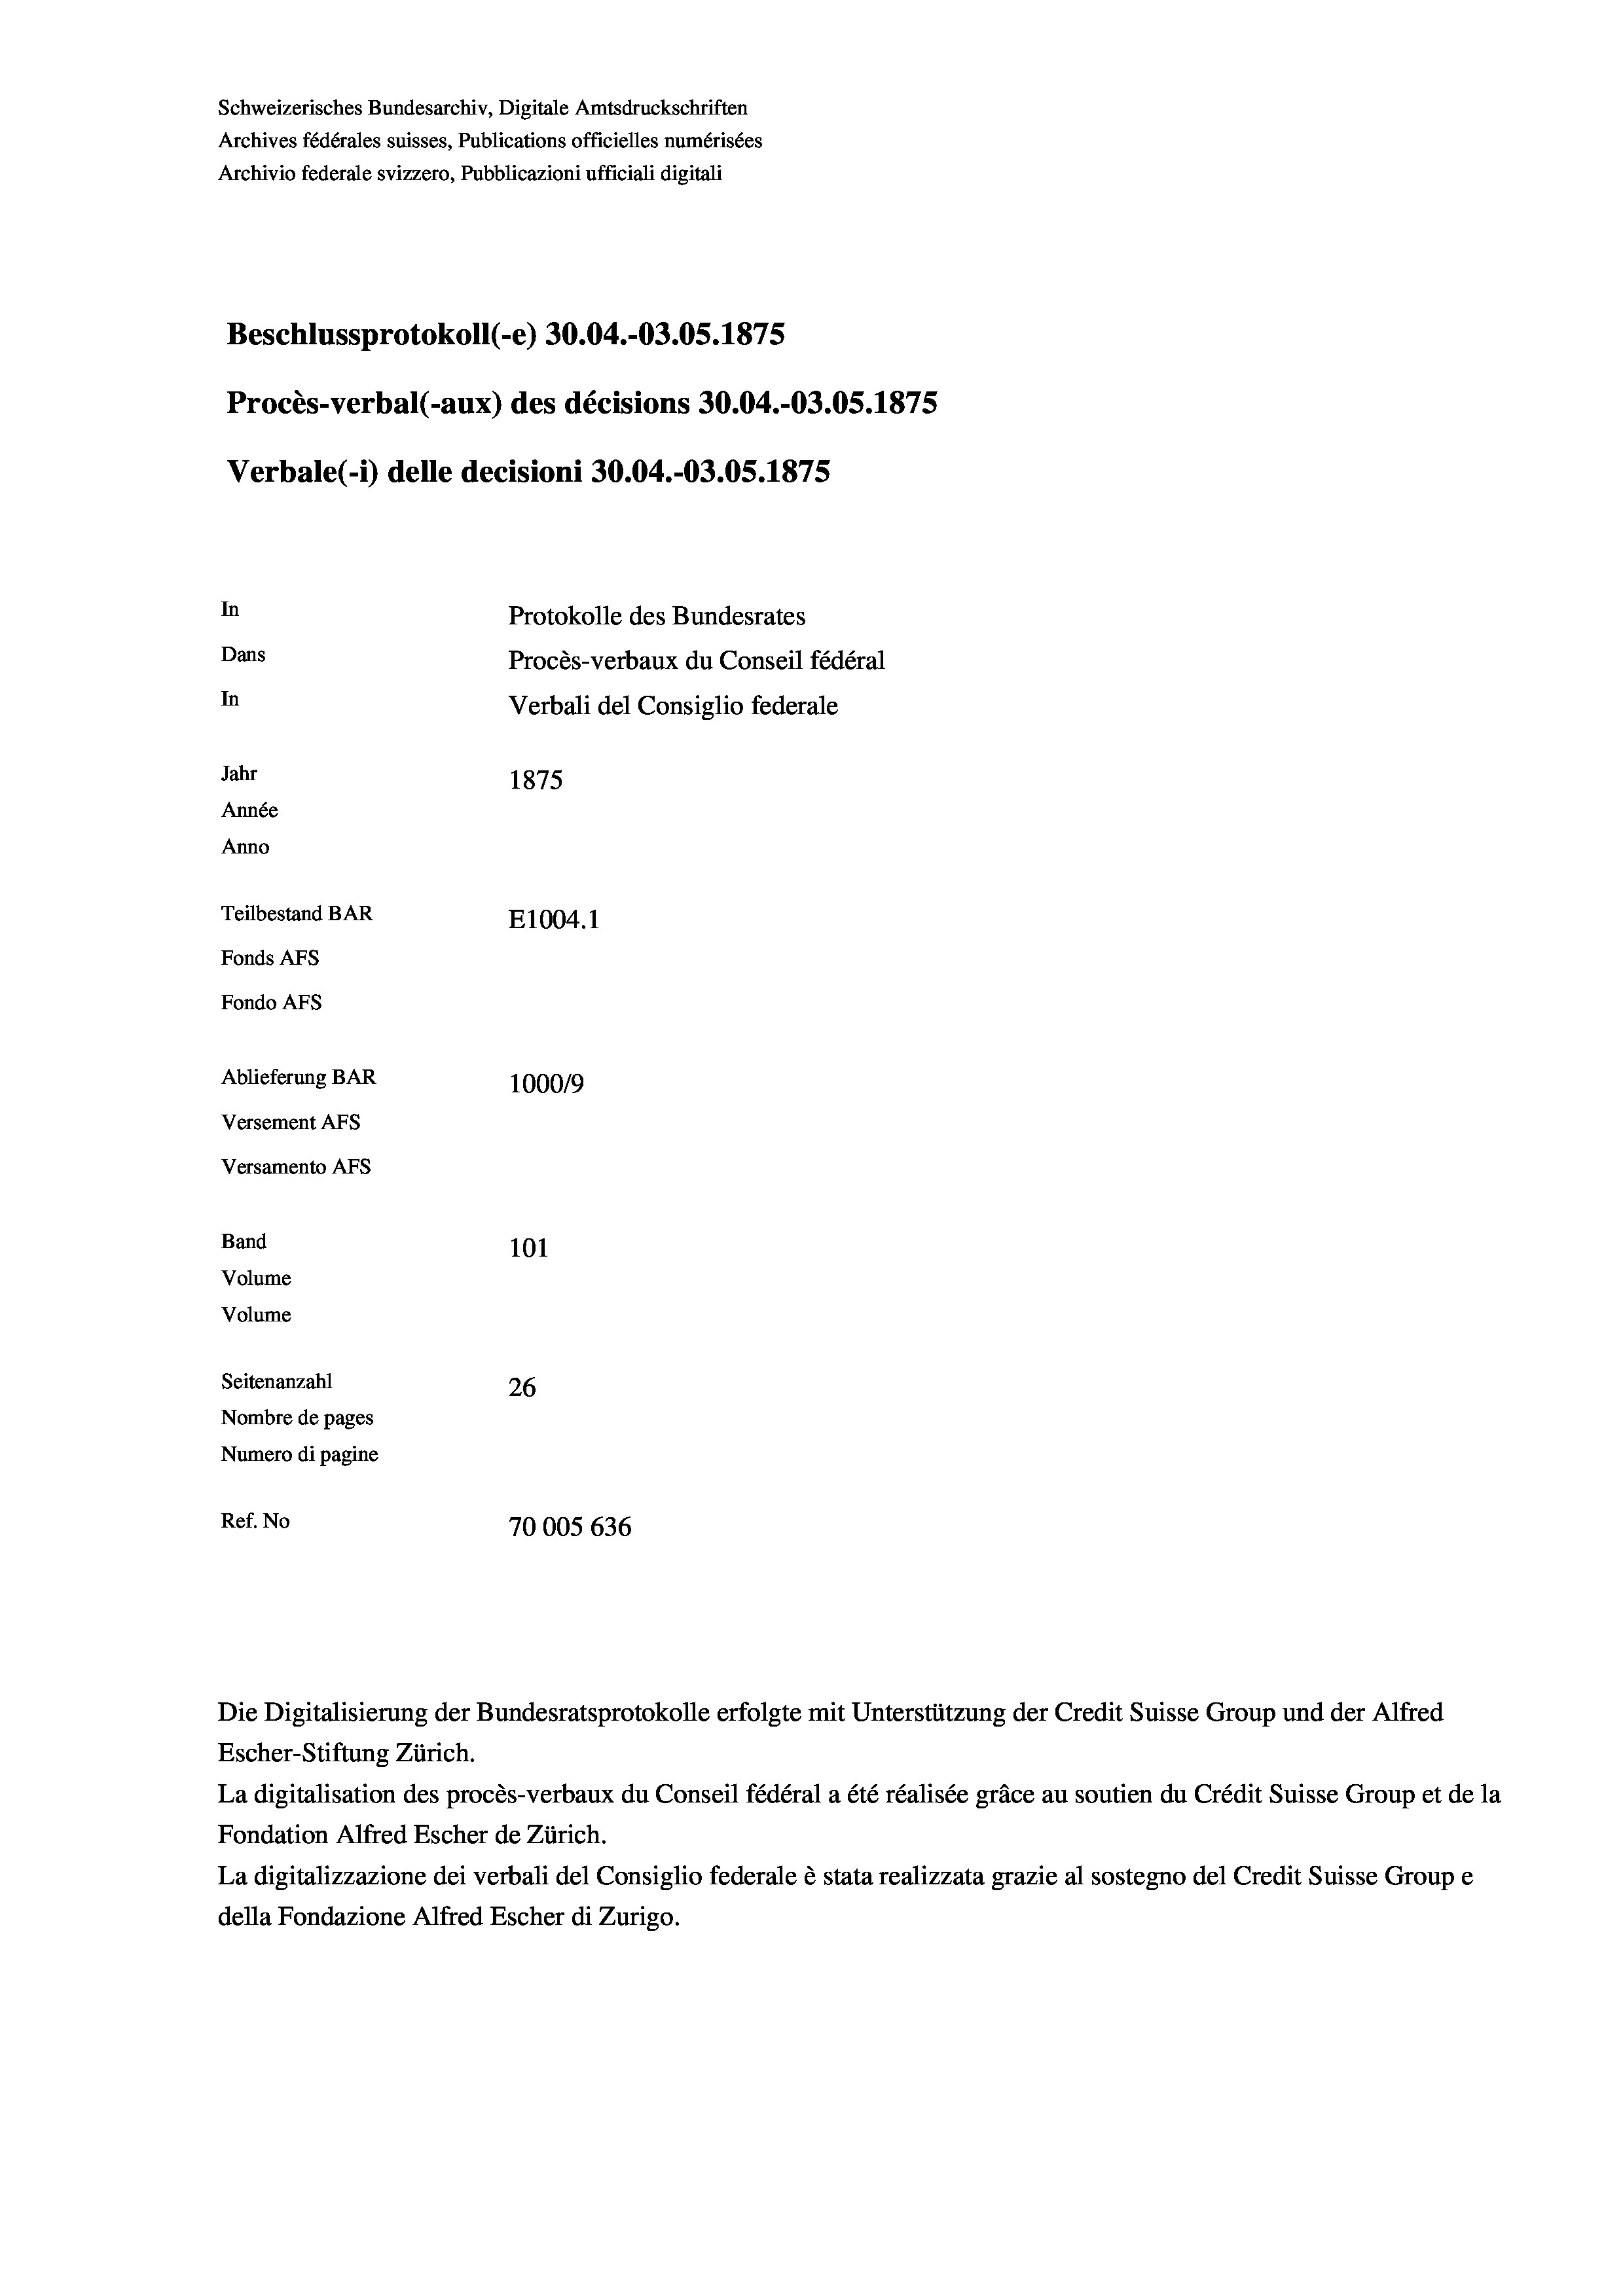
Schweizerisches Bundesarchiv, Digitale Amtsdruckschriften
Archives fédérales suisses, Publications officielles numérisées
Archivio federale svizzero, Pubblicazioni ufficiali digitali
Beschlussprotokoll (-e) 30.04.-O3.05. 1875
Procès-verbal (-aux) des décisions 30.04.-03.05. 1875
Verbale (- 1) delle decisioni 30.04.-O3.05. 1875
In
Protokolle des Bundesrates
Dans
Procès-verbaux du Conseil fédéral
In
Verbali del Consiglio federale
Jahr
1875
Année
Anno
Teilbestand BAR
E1004. 1
Fonds AFs
Fondo Afs
Ablieferung BAR
100019
Versement AFs
Versamento Afs
Band
101
Volume
Volume
Seitenanzahl
26
Nombre de pages
Numero di pagine
Ref. No
70005636

Die Digitalisierung der Bundesratsprotokolle erfolgte mit Unterstützung der Credit Suisse Group und der Alfred
Escher-Stiftung Zürich.
La digitalisation des procès-verbaux du Conseil fédéral a été réalisée gräce au soutien du Crédit Suisse Group et de la
Fondation Alfred Escher de Zürich.
La digitalizzazione dei verbali del Consiglio federale è stata realizzata grazie al sostegno del Credit Suisse Groupe
della Fondazione Alfred Escher di Zurigo.